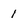
Character: 1